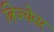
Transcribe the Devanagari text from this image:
त्रिज्येवर